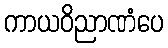
ကာယဝိညာဏံပေ